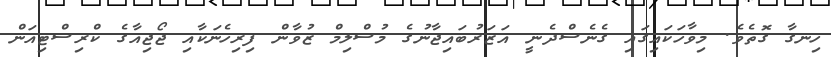
ހިނގާ ގޮތެވެ. މިވާހަކައިގައި ގެނެސްދެނީ އަޒަރުބައިޖާނުގެ މުސްލިމް ޒުވާން ފިރިހެނަކާއި ޖޯޖިއާގެ ކްރިސްޓިއަން